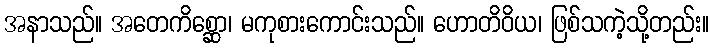
အနာသည်။ အတေကိစ္ဆော၊ မကုစားကောင်းသည်။ ဟောတိဝိယ၊ ဖြစ်သကဲ့သို့တည်း။